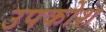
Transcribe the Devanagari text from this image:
उपकोश